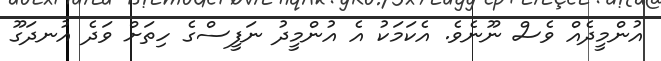
އުންމީދެއް ވެސް ނޫނެވެ. އެކަމަކު އެ އުންމީދު ނަފީސްގެ ހިތަށް ވަދެ އުނދަގޫ